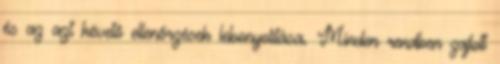
és az azt követő ellenőrzések lebonyolítása. Minden rendben zajlott